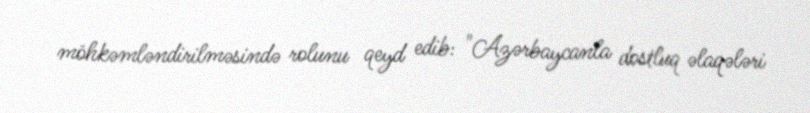
möhkəmləndirilməsində rolunu qeyd edib: "Azərbaycanla dostluq əlaqələri